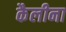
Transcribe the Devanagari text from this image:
कैलीना